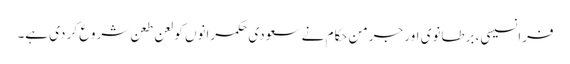
فرانسیسی، برطانوی اور جرمن حکام نے سعودی حکمرانوں کو لعن طعن شروع کر دی ہے۔